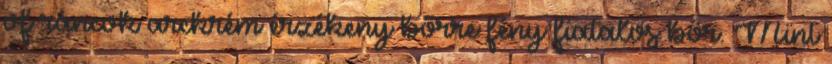
of ráncok arckrém érzékeny bőrre fény fiatalos bőr. Mint